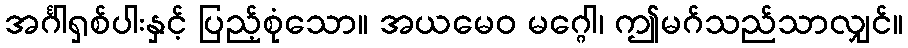
အင်္ဂါရှစ်ပါးနှင့် ပြည့်စုံသော။ အယမေဝ မဂ္ဂေါ၊ ဤမဂ်သည်သာလျှင်။